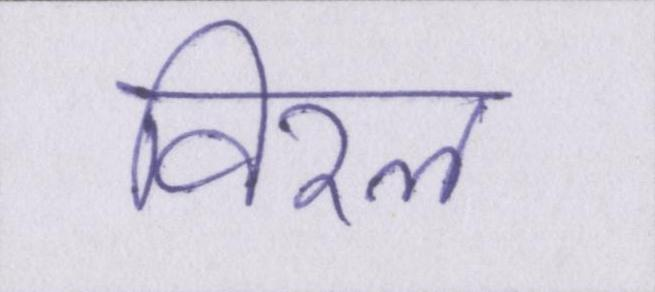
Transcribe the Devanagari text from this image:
विरल